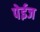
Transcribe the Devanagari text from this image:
पेईज